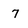
Character: 7